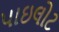
પાઇલોટ